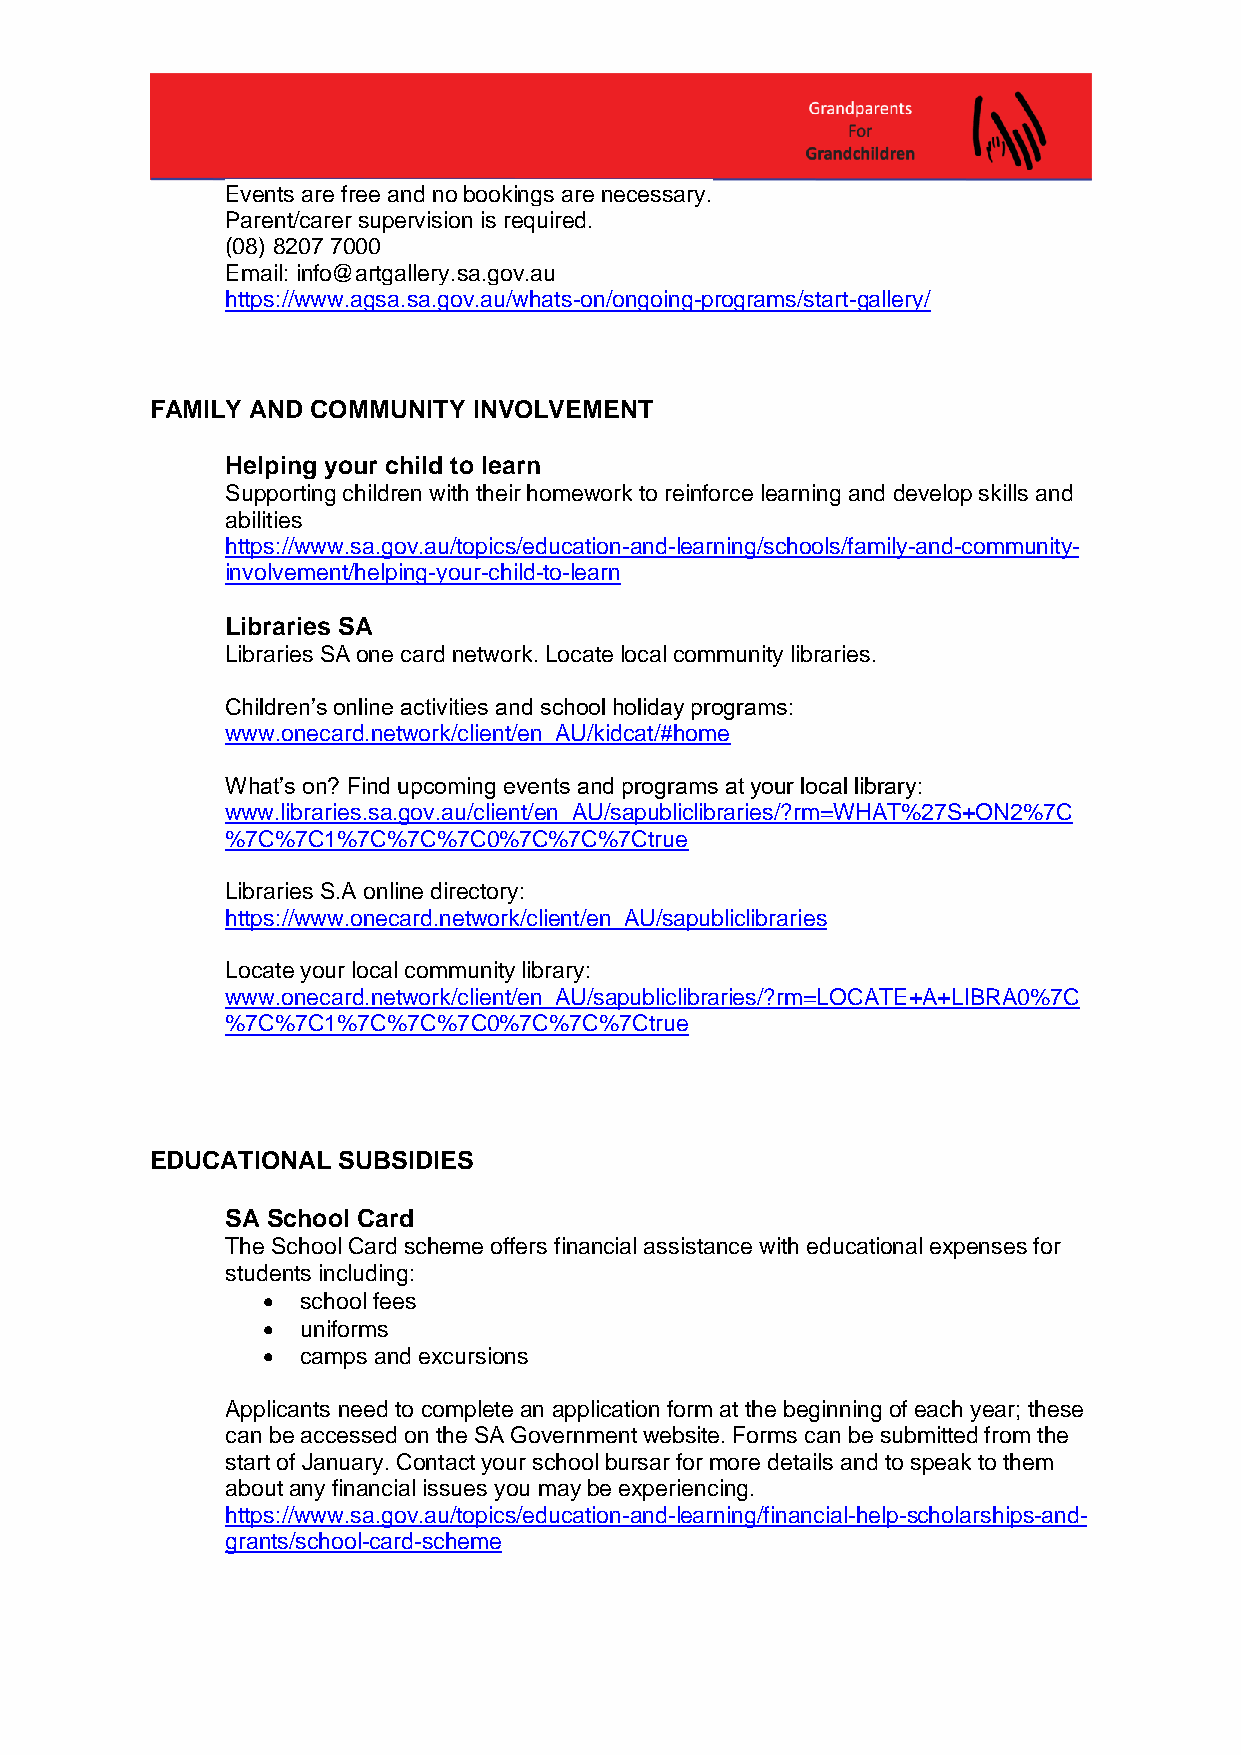
Events are free and no bookings are necessary.
 Parent/carer supervision is required.
 (08) 8207 7000
 Email: info@artgallery.sa.gov.au
 https://www.agsa.sa.gov.au/whats-on/ongoing-programs/start-gallery/
 FAMILY AND COMMUNITY INVOLVEMENT
 Helping your child to learn
 Supporting children with their homework to reinforce learning and develop skills and
 abilities
 https://www.sa.gov.au/topics/education-and-learning/schools/family-and-community-
 involvement/helping-your-child-to-learn
 Libraries SA
 Libraries SA one card network. Locate local community libraries.
 Children’s online activities and school holiday programs:
 www.onecard.network/client/en_AU/kidcat/#home
 What’s on? Find upcoming events and programs at your local library:
 www.libraries.sa.gov.au/client/en_AU/sapubliclibraries/?rm=WHAT%27S+ON2%7C
 %7C%7C1%7C%7C%7C0%7C%7C%7Ctrue
 Libraries S.A online directory:
 https://www.onecard.network/client/en_AU/sapubliclibraries
 Locate your local community library:
 www.onecard.network/client/en_AU/sapubliclibraries/?rm=LOCATE+A+LIBRA0%7C
 %7C%7C1%7C%7C%7C0%7C%7C%7Ctrue
 EDUCATIONAL SUBSIDIES
 SA School Card
 The School Card scheme offers financial assistance with educational expenses for
 students including:
   school fees
   uniforms
   camps and excursions
 Applicants need to complete an application form at the beginning of each year; these
 can be accessed on the SA Government website. Forms can be submitted from the
 start of January. Contact your school bursar for more details and to speak to them
 about any financial issues you may be experiencing.
 https://www.sa.gov.au/topics/education-and-learning/financial-help-scholarships-and-
 grants/school-card-scheme